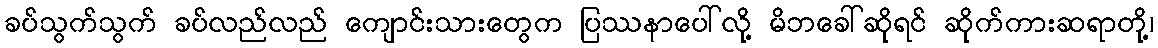
ခပ်သွက်သွက် ခပ်လည်လည် ကျောင်းသားတွေက ပြဿနာပေါ်လို့ မိဘခေါ်ဆိုရင် ဆိုက်ကားဆရာတို့၊